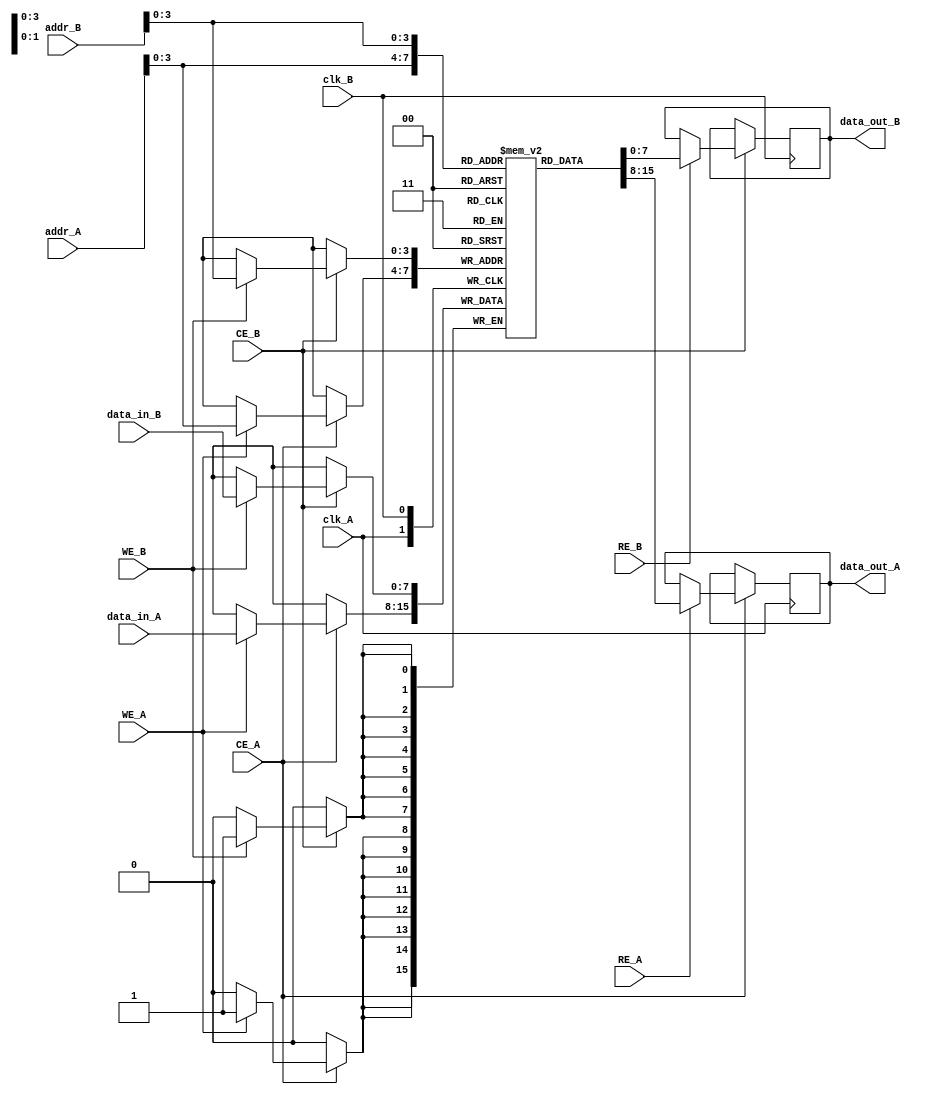
module dual_port_sram #(
    parameter N = 16, // Number of rows
    parameter M = 8    // Number of columns (bits per row)
)(
    // Port A
    input wire clk_A,
    input wire CE_A,
    input wire WE_A,
    input wire RE_A,
    input wire [N-1:0] addr_A,
    input wire [M-1:0] data_in_A,
    output reg [M-1:0] data_out_A,

    // Port B
    input wire clk_B,
    input wire CE_B,
    input wire WE_B,
    input wire RE_B,
    input wire [N-1:0] addr_B,
    input wire [M-1:0] data_in_B,
    output reg [M-1:0] data_out_B
);

    // Memory array declaration
    reg [M-1:0] memory [0:N-1];

    // Port A operations
    always @(posedge clk_A) begin
        if (CE_A) begin
            if (WE_A) begin
                // Write operation for Port A
                memory[addr_A] <= data_in_A;
            end
            if (RE_A) begin
                // Read operation for Port A
                data_out_A <= memory[addr_A];
            end
        end
    end

    // Port B operations
    always @(posedge clk_B) begin
        if (CE_B) begin
            if (WE_B) begin
                // Write operation for Port B
                memory[addr_B] <= data_in_B;
            end
            if (RE_B) begin
                // Read operation for Port B
                data_out_B <= memory[addr_B];
            end
        end
    end

endmodule